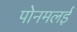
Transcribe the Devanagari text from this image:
पोनमलई